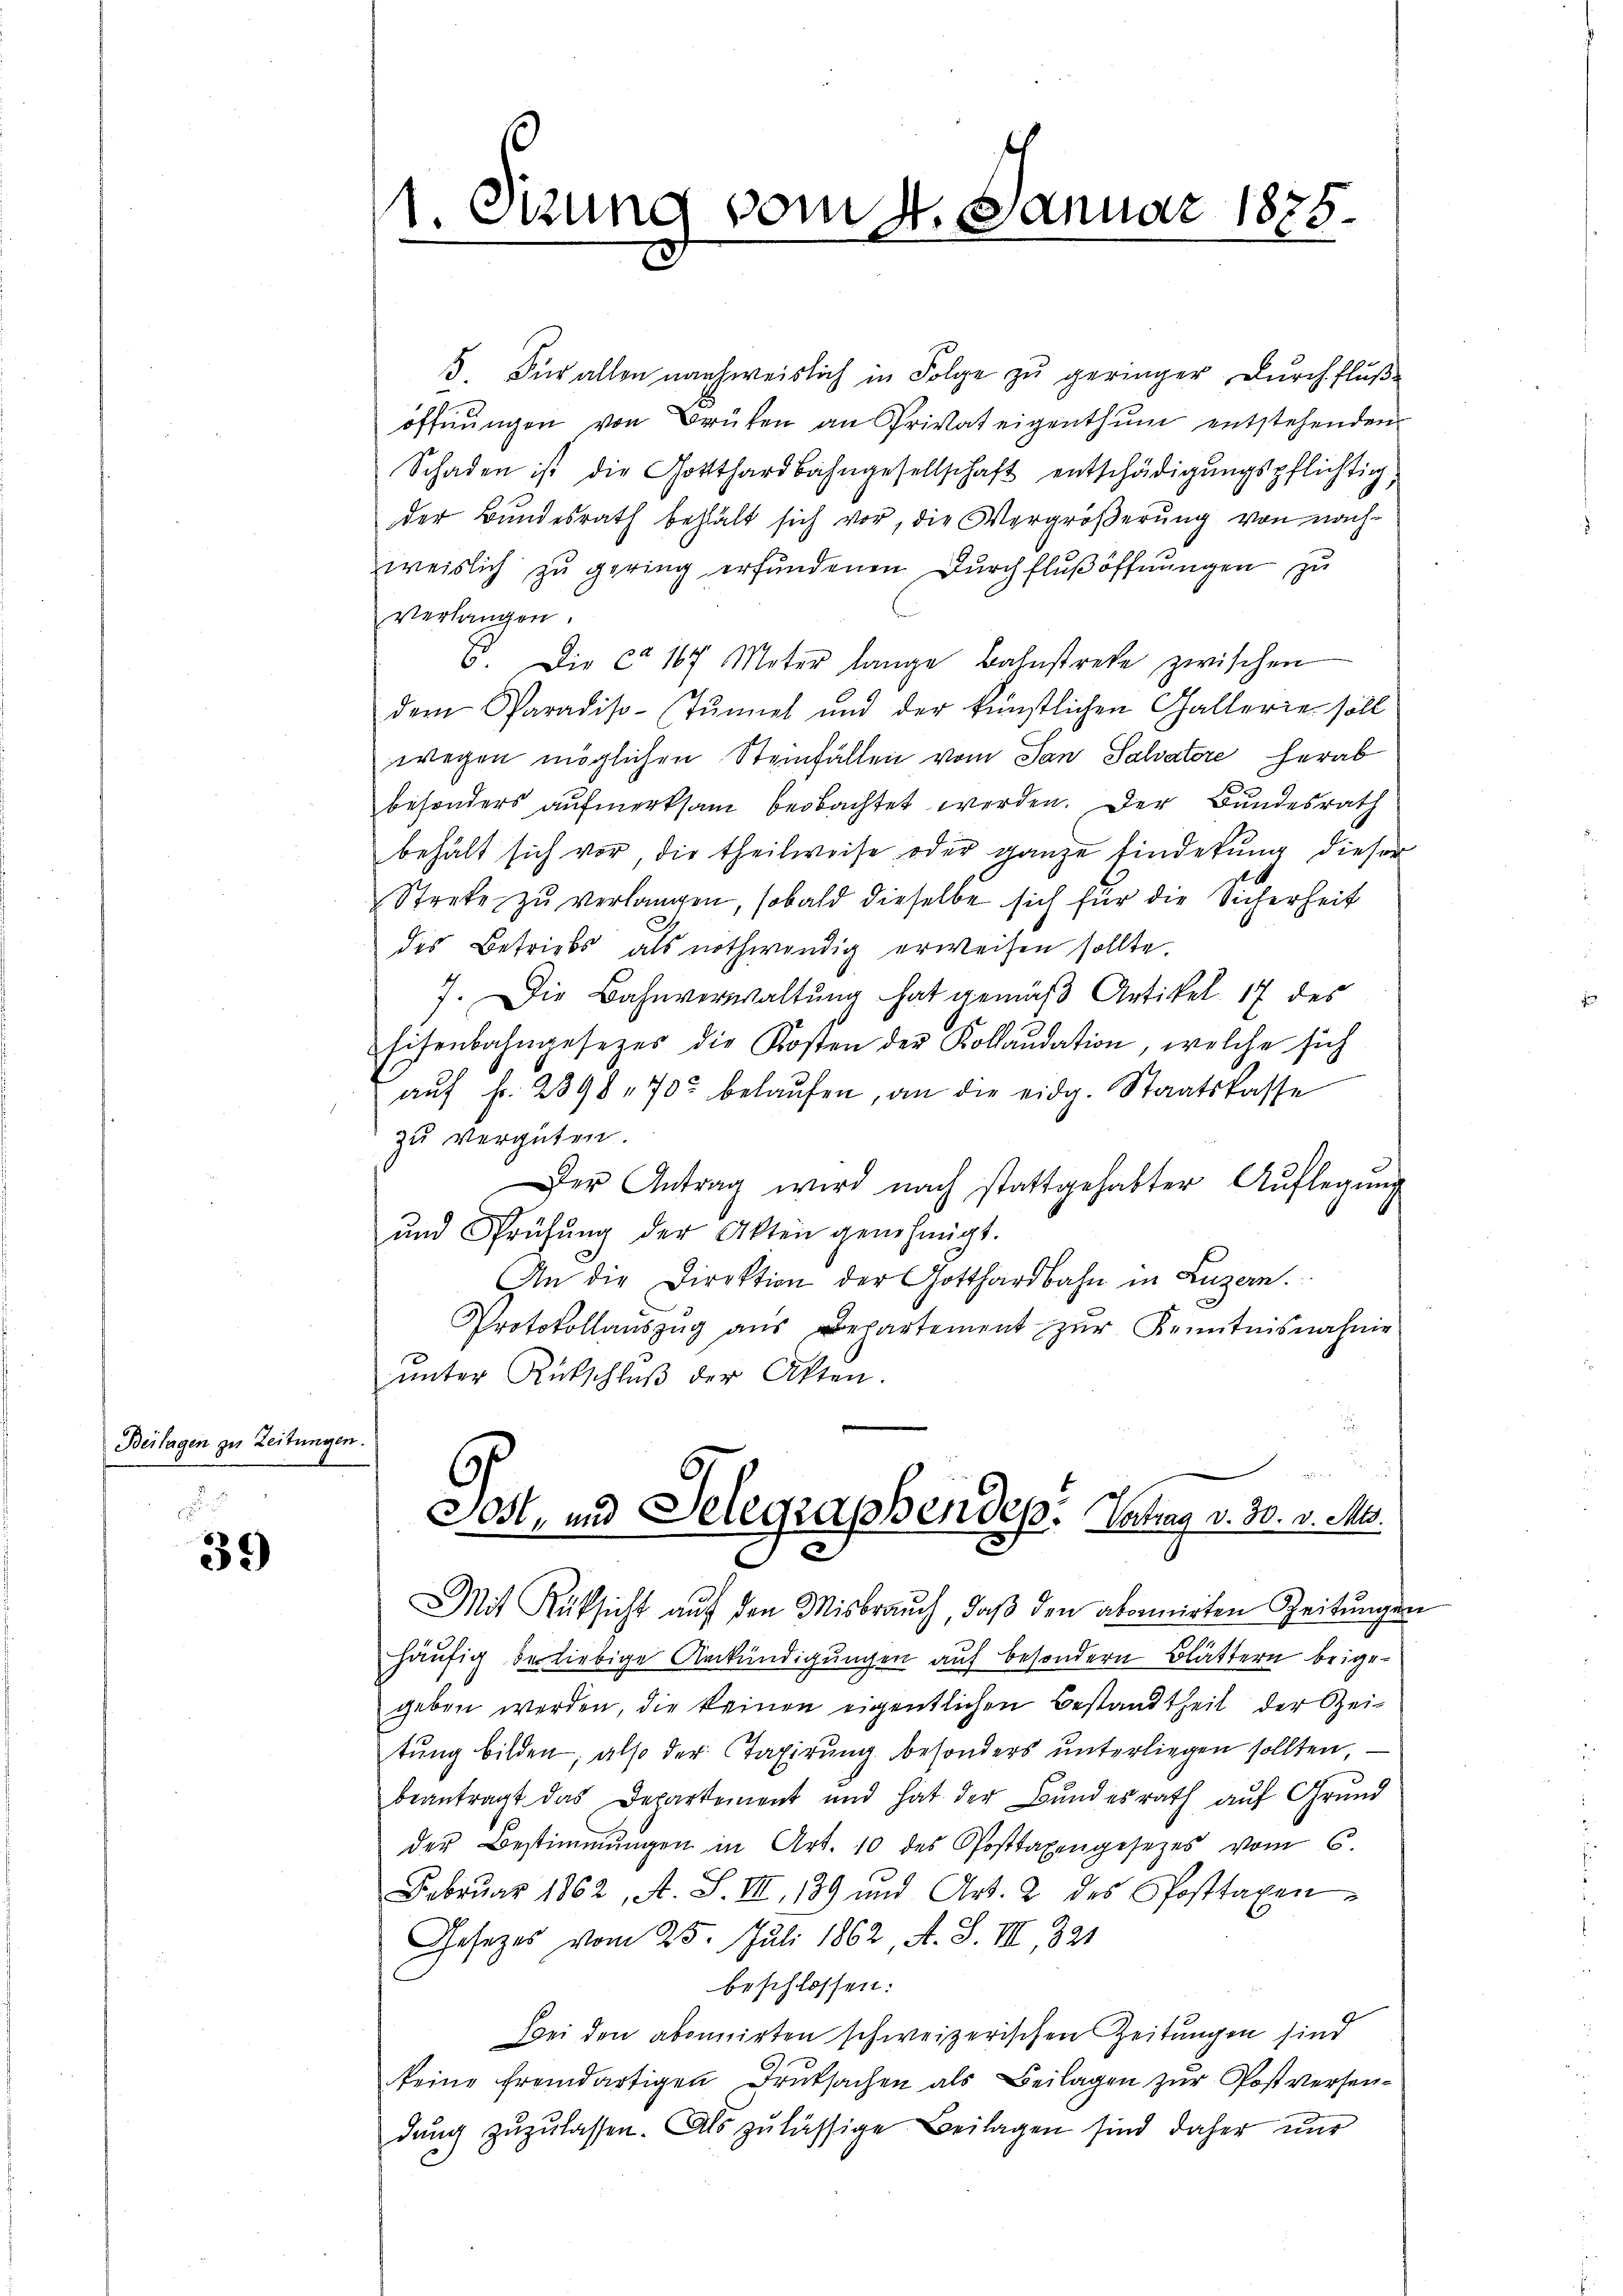
Beilagen zu Zeitungen.

39

1. Sizung vom 4. Januar 1875.

5. Für allen nachweislich in Folge zu geringer, durchflußöffnungen von Brüken an Privateigenthum entstehenden
Schaden ist die Gotthardbahngesellschaft entschädigŭngspflichtig.
der Bundesrath behält sich vor, die Vergrößerung von nach-
weislich zu gering erfundenen Durchflußöffnungen zu
verlangen.
6. Die ca 167 Meter lange Bahnstreke zwischen
dem Paradiso-Tŭnnet und der künstlichen Gallerie soll
wegen möglichen Steinfällen vom San Salvatore herab
besonders aufmerksam beobachtet werden. Der Bundesrath
behält sich vor die theilweise oder ganze Einderung dieser
1
Streke zŭ verlangen, sobald dieselbe sich für die Sicherheit
des Betriebs als nothwendig erweisen sollte.
7. Die Bahnverwaltung hat gemäß Artikel 17 des
Eisenbahngesezes die Kosten der Kollaudation, welche sich
aŭf fr. 2898 - 70 belaŭfen, an die eidg. Staatskasse
zu vergüten.
Der Antrag wird nach stattgehabter Aŭflegŭng
und Prüfŭng der Akten genehmigt.
An die Direktion der Gotthardbahn in Luzern.
Protokollaŭszŭg aŭs Departement zŭr Kenntnisnahme
unter Rückschluß der Akten.
e
Jost, und Selegraphendep. Antrag v. 30. v. Mts.
Mit Rüksicht aŭf den Misbrauch, daβ den abormirten Zeitungen
häufig der liebige Ankündigungen auf besondern Blättern beigegeben werden, die keinen eigentlichen Bestandtheil der Zei-
tung bilden; also der Tagirung besonders unterliegen sollten,
beantragt das Departement und hat der Bŭndesrath aŭf Grŭnd
der Bestimmungen in Art. 10 des Posttaxengesetzes vom 6.
Februar 1862, A. S. III 139 und Art. 2 des Posttaxen
Gesetzes vom 25. Juli 1862, A. S. III, 321
beschlossen:
Bei den abonnirten schweizerischen Zeitungen sind
keine fremdartigen Druksachen als Beilagen zŭr Postversen-
dŭng zŭzŭlassen. Als zulässige Beilagen sind daher nur